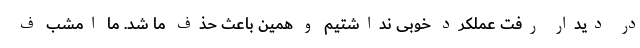
در دیدار رفت عملکرد خوبی نداشتیم و همین باعث حذف ما شد. ما امشب ف